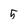
Character: 5